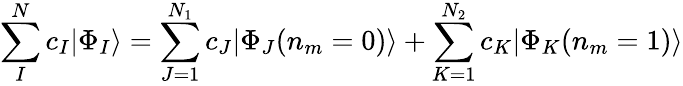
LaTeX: \sum_{I}^{N}c_{I}|\Phi_{I}\rangle=\sum_{J=1}^{N_{1}}c_{J}|\Phi_{J}(n_{m}=0)\rangle+\sum_{K=1}^{N_{2}}c_{K}|\Phi_{K}(n_{m}=1)\rangle